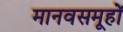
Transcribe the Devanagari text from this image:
मानवसमूहों